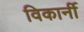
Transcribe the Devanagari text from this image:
विकार्नी